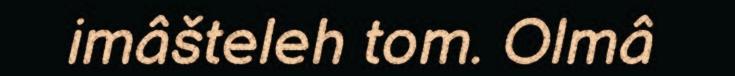
imâšteleh tom. Olmâ